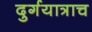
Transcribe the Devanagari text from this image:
दुर्गयात्राच